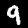
Label: 9